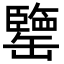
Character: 𦉞